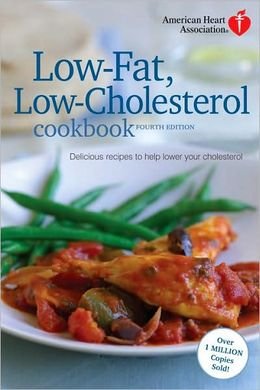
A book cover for recipes for low fat, low cholesterol meals; aha; Health, Fitness & Dieting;